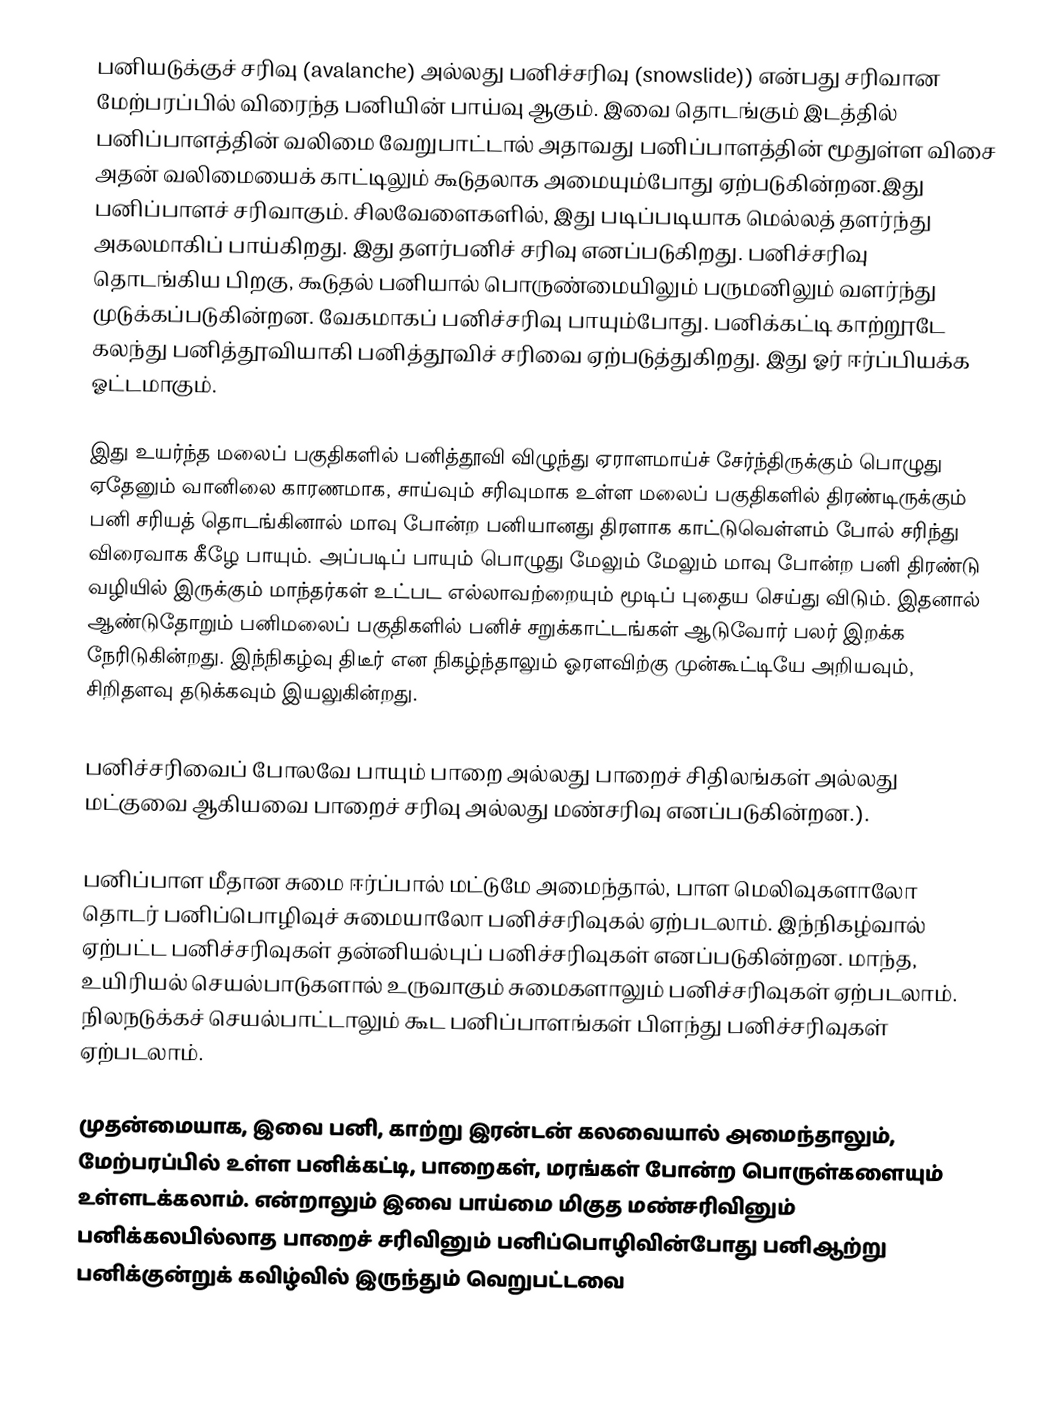
பனியடுக்குச் சரிவு (avalanche)  அல்லது பனிச்சரிவு (snowslide)) என்பது சரிவான மேற்பரப்பில் விரைந்த பனியின் பாய்வு ஆகும். இவை தொடங்கும் இடத்தில் பனிப்பாளத்தின் வலிமை வேறுபாட்டால் அதாவது பனிப்பாளத்தின் மூதுள்ள விசை அதன் வலிமையைக் காட்டிலும் கூடுதலாக அமையும்போது ஏற்படுகின்றன.இது பனிப்பாளச் சரிவாகும். சிலவேளைகளில், இது படிப்படியாக மெல்லத் தளர்ந்து அகலமாகிப் பாய்கிறது.  இது தளர்பனிச் சரிவு எனப்படுகிறது. பனிச்சரிவு தொடங்கிய பிறகு, கூடுதல் பனியால் பொருண்மையிலும் பருமனிலும் வளர்ந்து முடுக்கப்படுகின்றன. வேகமாகப் பனிச்சரிவு பாயும்போது. பனிக்கட்டி காற்றூடே கலந்து பனித்தூவியாகி பனித்தூவிச் சரிவை ஏற்படுத்துகிறது. இது ஓர் ஈர்ப்பியக்க ஓட்டமாகும்.

இது உயர்ந்த மலைப் பகுதிகளில் பனித்தூவி விழுந்து ஏராளமாய்ச் சேர்ந்திருக்கும் பொழுது ஏதேனும் வானிலை காரணமாக, சாய்வும் சரிவுமாக உள்ள மலைப் பகுதிகளில் திரண்டிருக்கும் பனி சரியத் தொடங்கினால் மாவு போன்ற பனியானது திரளாக காட்டுவெள்ளம் போல் சரிந்து விரைவாக கீழே பாயும். அப்படிப் பாயும் பொழுது மேலும் மேலும் மாவு போன்ற பனி திரண்டு வழியில் இருக்கும் மாந்தர்கள் உட்பட எல்லாவற்றையும் மூடிப் புதைய செய்து விடும். இதனால் ஆண்டுதோறும் பனிமலைப் பகுதிகளில் பனிச் சறுக்காட்டங்கள் ஆடுவோர் பலர் இறக்க நேரிடுகின்றது. இந்நிகழ்வு திடீர் என நிகழ்ந்தாலும் ஓரளவிற்கு முன்கூட்டியே அறியவும், சிறிதளவு தடுக்கவும் இயலுகின்றது.

பனிச்சரிவைப் போலவே பாயும் பாறை அல்லது பாறைச் சிதிலங்கள் அல்லது மட்குவை ஆகியவை பாறைச் சரிவு அல்லது மண்சரிவு எனப்படுகின்றன.).

பனிப்பாள மீதான சுமை ஈர்ப்பால் மட்டுமே அமைந்தால்,  பாள மெலிவுகளாலோ  தொடர் பனிப்பொழிவுச் சுமையாலோ பனிச்சரிவுகல் ஏற்படலாம். இந்நிகழ்வால் ஏற்பட்ட பனிச்சரிவுகள் தன்னியல்புப் பனிச்சரிவுகள் எனப்படுகின்றன. மாந்த, உயிரியல் செயல்பாடுகளால் உருவாகும் சுமைகளாலும் பனிச்சரிவுகள் ஏற்படலாம். நிலநடுக்கச் செயல்பாட்டாலும் கூட பனிப்பாளங்கள் பிளந்து பனிச்சரிவுகள் ஏற்படலாம்.

முதன்மையாக, இவை பனி, காற்று இரன்டன் கலவையால் அமைந்தாலும், மேற்பரப்பில் உள்ள பனிக்கட்டி, பாறைகள், மரங்கள் போன்ற பொருள்களையும் உள்ளடக்கலாம். என்றாலும் இவை பாய்மை மிகுத மண்சரிவினும் பனிக்கலபில்லாத பாறைச் சரிவினும் பனிப்பொழிவின்போது பனிஆற்று பனிக்குன்றுக் கவிழ்வில்  இருந்தும் வெறுபட்டவை